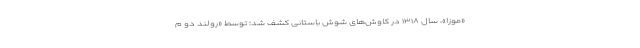
«موزا»، سال ۱۳۱۸ در کاوش‌های شوش باستانی کشف شد؛ توسط «رولند دو م